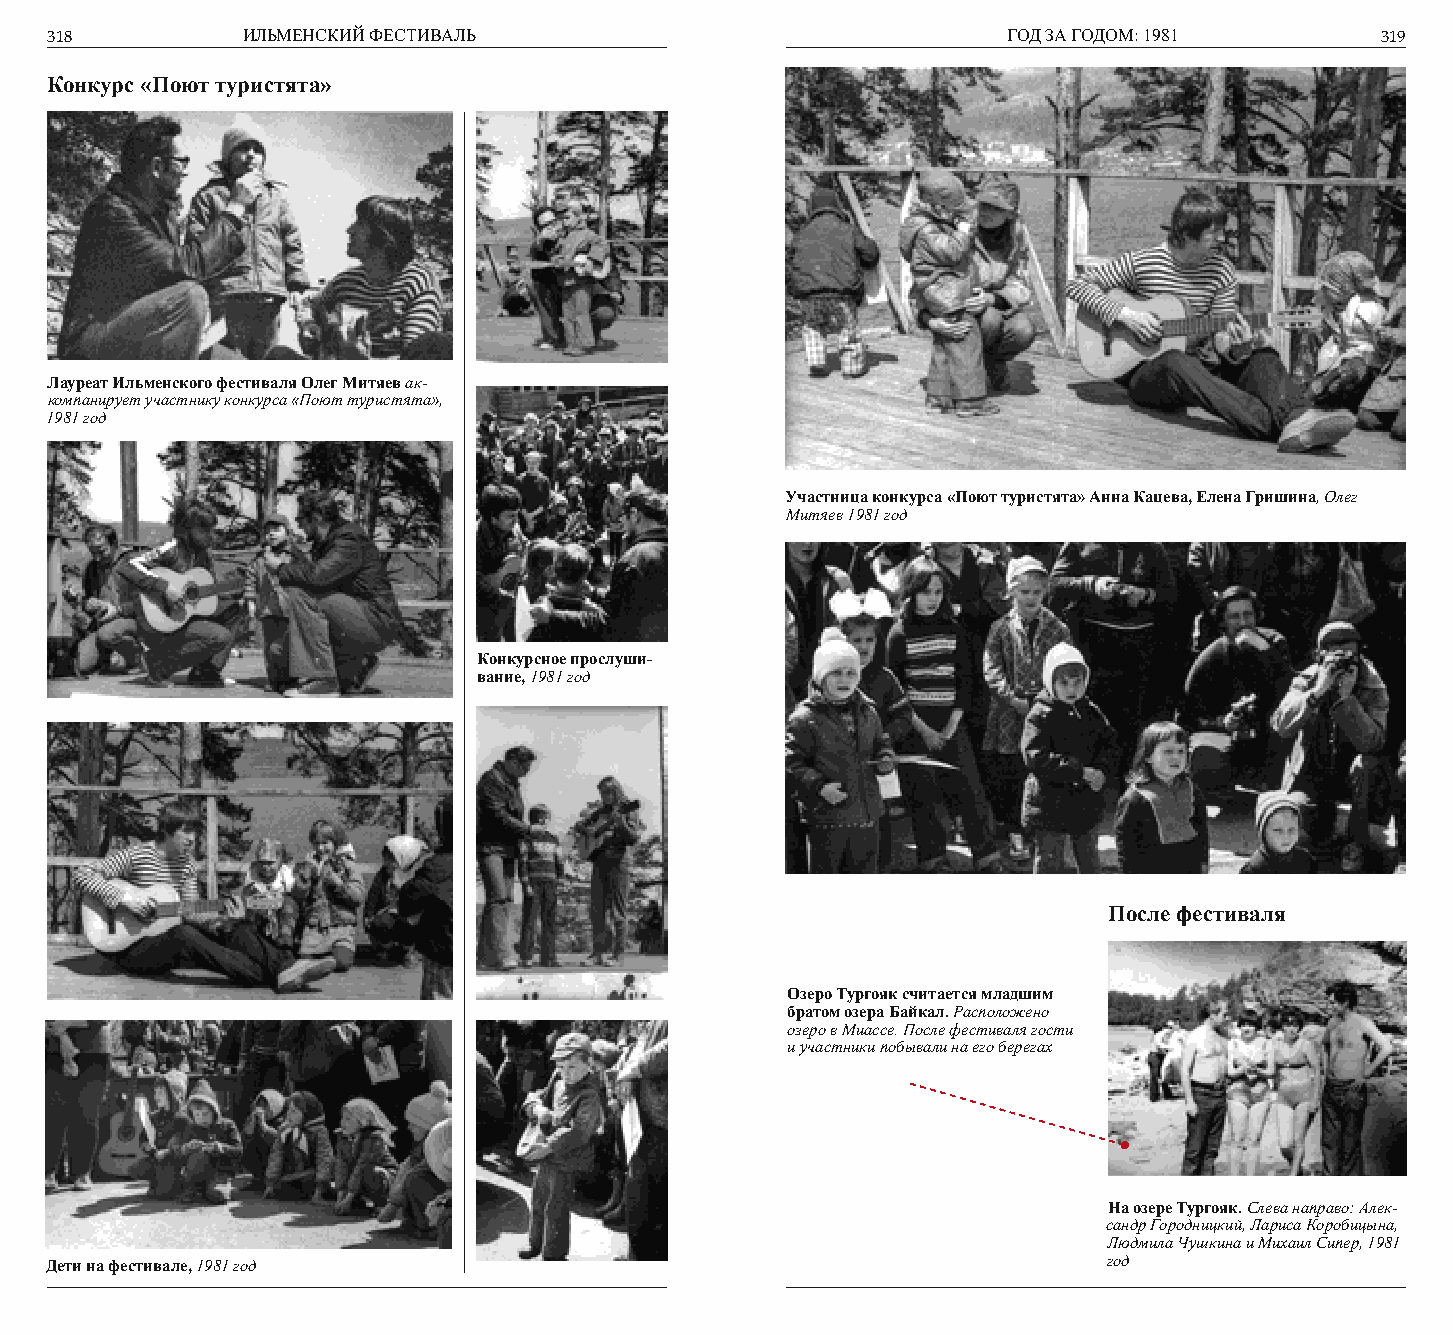
318          ИЛЬМЕНСКИЙ ФЕСТИВАЛЬ                               ГОД ЗА ГОДОМ: 1981      319
 Конкурс «Поют туристята»
 Лауреат Ильменского фестиваля Олег Митяев ак-
 компанирует участнику конкурса «Поют туристята»,
 1981 год
 Участница конкурса «Поют туристята» Анна Кацева, Елена Гришина, Олег
 Митяев 1981 год
 Конкурсное прослуши-
 вание, 1981 год
 После фестиваля
 Озеро Тургояк считается младшим
 братом озера Байкал. Расположено
 озеро в Миассе. После фестиваля гости
 и участники побывали на его берегах
 На озере Тургояк. Слева направо: Алек-
 сандр Городницкий, Лариса Коробицына,
 Людмила Чушкина и Михаил Сипер, 1981
 Дети на фестивале, 1981 год                                           год